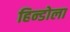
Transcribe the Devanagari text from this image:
हिन्डोला